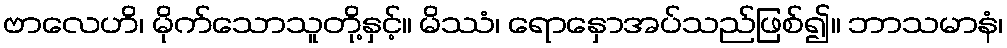
ဗာလေဟိ၊ မိုက်သောသူတို့နှင့်။ မိဿံ၊ ရောနှောအပ်သည်ဖြစ်၍။ ဘာသမာနံ၊